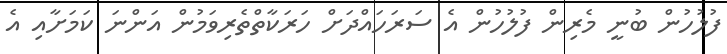
ފުލުހުން ބުނީ މެރިން ފުލުހުން އެ ސަރަހައްދަށް ހަރަކާތްތެރިވަމުން އަންނަ ކަމަށާއި އެ